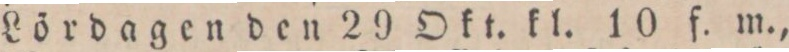
Lördagen den 29 Okt. kl. 10 f. m.,